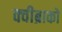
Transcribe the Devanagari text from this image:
क्वीब्राको